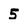
Character: 5